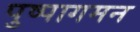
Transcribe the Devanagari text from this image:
पुष्पागमन